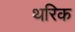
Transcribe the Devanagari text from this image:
थरिक